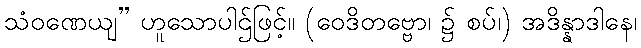
သံဝဏေယျ” ဟူသောပါဌ်ဖြင့်။ (ဝေဒိတဗ္ဗော၊ ၌ စပ်၊) အဒိန္နာဒါနေ၊